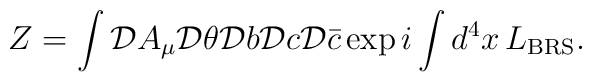
Z = \int {\cal D}A_{\mu}{\cal D}\theta{\cal D}b{\cal D}c{\cal D}\bar{c}\exp i\int d^{4}x\, L_{\rm BRS} .